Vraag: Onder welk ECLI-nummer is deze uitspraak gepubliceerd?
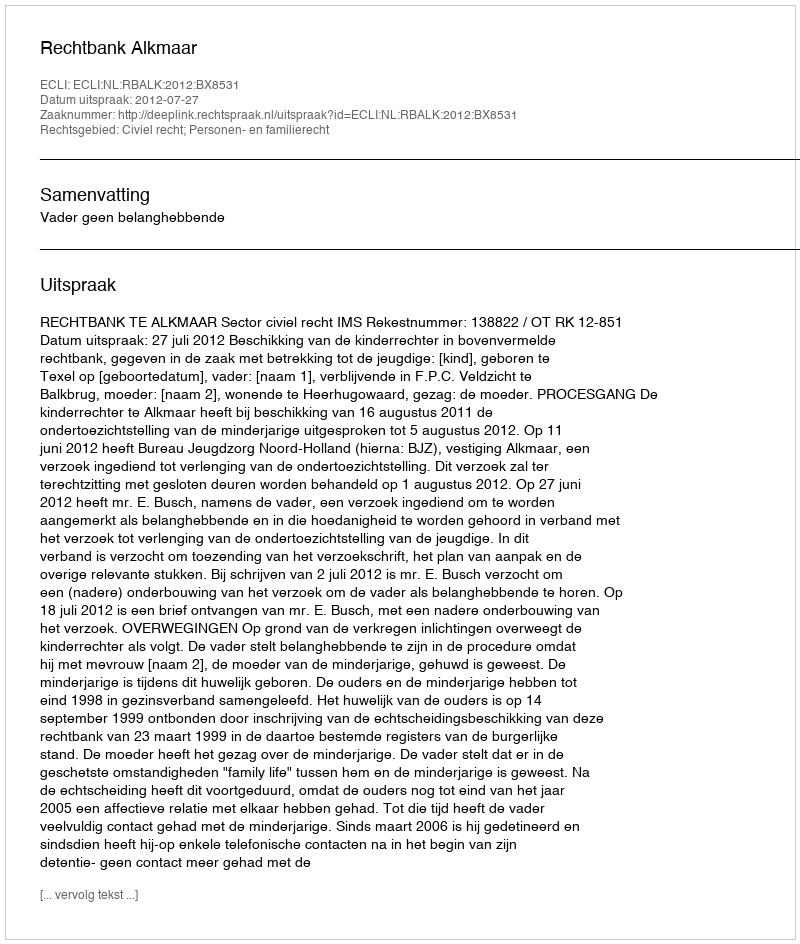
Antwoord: ECLI:NL:RBALK:2012:BX8531